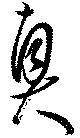
真